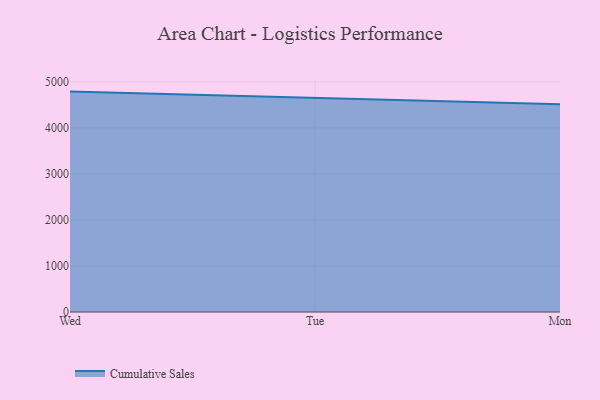
{"axis": {"x": "Day", "y": "Website Visitors"}, "legend": ["Cumulative Sales"], "data": [{"x": "Wed", "y": 4789.5, "type": "Cumulative Sales"}, {"x": "Tue", "y": 4658.0, "type": "Cumulative Sales"}, {"x": "Mon", "y": 4515.7, "type": "Cumulative Sales"}]}